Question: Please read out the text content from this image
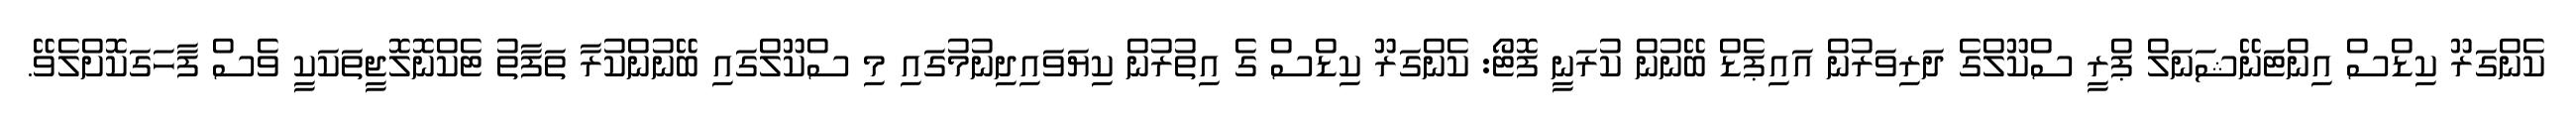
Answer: ކެންގަރޫ ކިޑްސް އިންޓަނޭޝަނަލް ޕްރީ ސްކޫލްގެ ދަރިވަރުން އައިޕެޑް ބޭނުން ކުރަނީ ފޮޓޯ: ކެންގަރޫ ކިޑްސް ގެ އިތުރުން ކިޔަވައިދިނުމުގައި މި ސްކޫލްގައި ބޭނުންކުރާ ތަފާތު ޓެކްނޮލޮޖީތަކަކީ ވެސް ފާހަގަކޮށްލެވޭ.